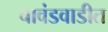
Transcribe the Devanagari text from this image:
चावंडवाडीत